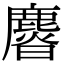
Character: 𣋴